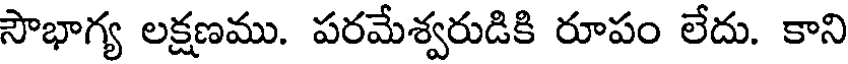
సౌభాగ్య లక్షణము. పరమేశ్వరుడికి రూపం లేదు. కాని